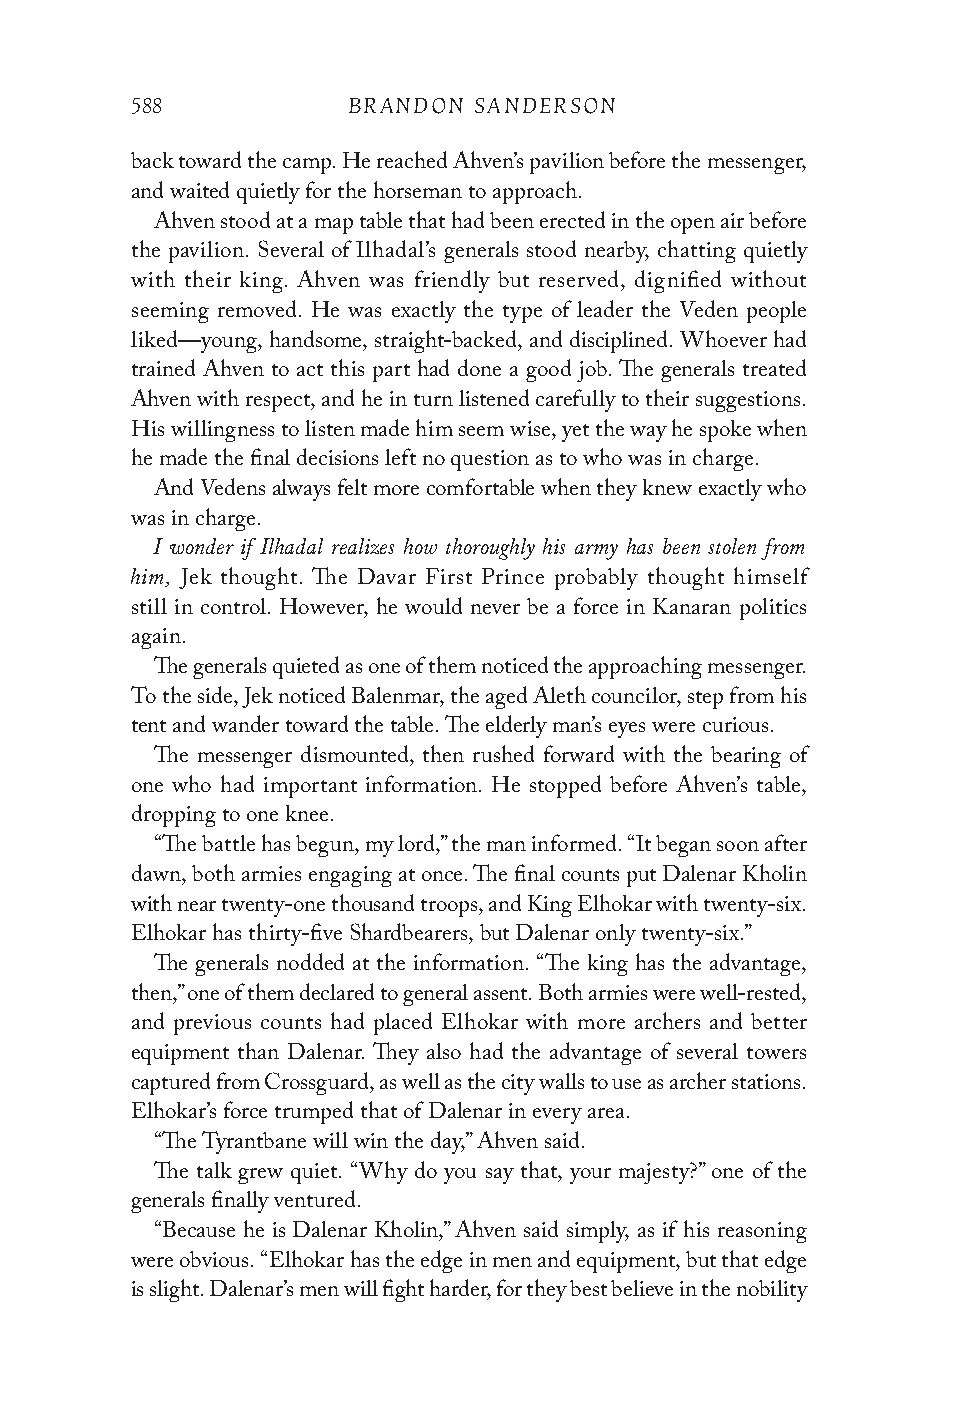
588           BRANDON SANDERSON
 back toward the camp. He reached Ahven’s pavilion before the messenger,
 and waited quietly for the horseman to approach.
 Ahven stood at a map table that had been erected in the open air before
 the pavilion. Several of Ilhadal’s generals stood nearby, chatting quietly
 with their king. Ahven was friendly but reserved, dignified without
 seeming removed. He was exactly the type of leader the Veden people
 liked—young, handsome, straight-backed, and disciplined. Whoever had
 trained Ahven to act this part had done a good job. The generals treated
 Ahven with respect, and he in turn listened carefully to their suggestions.
 His willingness to listen made him seem wise, yet the way he spoke when
 he made the final decisions left no question as to who was in charge.
 And Vedens always felt more comfortable when they knew exactly who
 was in charge.
 I wonder if Ilhadal realizes how thoroughly his army has been stolen from
 him,
 Jek thought. The Davar First Prince probably thought himself
 still in control. However, he would never be a force in Kanaran politics
 again.
 The generals quieted as one of them noticed the approaching messenger.
 To the side, Jek noticed Balenmar, the aged Aleth councilor, step from his
 tent and wander toward the table. The elderly man’s eyes were curious.
 The messenger dismounted, then rushed forward with the bearing of
 one who had important information. He stopped before Ahven’s table,
 dropping to one knee.
 “The battle has begun, my lord,” the man informed. “It began soon after
 dawn, both armies engaging at once. The final counts put Dalenar Kholin
 with near twenty-one thousand troops, and King Elhokar with twenty-six.
 Elhokar has thirty-five Shardbearers, but Dalenar only twenty-six.”
 The generals nodded at the information. “The king has the advantage,
 then,” one of them declared to general assent. Both armies were well-rested,
 and previous counts had placed Elhokar with more archers and better
 equipment than Dalenar. They also had the advantage of several towers
 captured from Crossguard, as well as the city walls to use as archer stations.
 Elhokar’s force trumped that of Dalenar in every area.
 “The Tyrantbane will win the day,” Ahven said.
 The talk grew quiet. “Why do you say that, your majesty?” one of the
 generals finally ventured.
 “Because he is Dalenar Kholin,” Ahven said simply, as if his reasoning
 were obvious. “Elhokar has the edge in men and equipment, but that edge
 is slight. Dalenar’s men will fight harder, for they best believe in the nobility